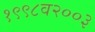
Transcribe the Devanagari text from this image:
१९९८व२००३